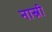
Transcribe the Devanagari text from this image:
नास्री